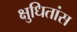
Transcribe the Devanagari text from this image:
क्षुधितांस